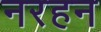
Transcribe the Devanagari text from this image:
नरहन